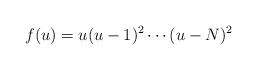
LaTeX: \begin{align*}f(u)=u(u-1)^2\cdots(u-N)^2\end{align*}